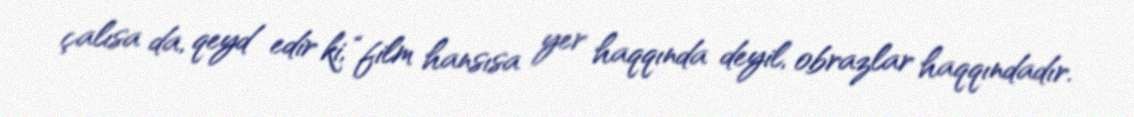
çalısa da, qeyd edir ki, “film hansısa yer haqqında deyil, obrazlar haqqındadır.